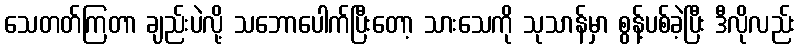
သေတတ်ကြတာ ချည်းပဲလို့ သဘောပေါက်ပြီးတော့ သားသေကို သုသာန်မှာ စွန့်ပစ်ခဲ့ပြီး ဒီလိုလည်း